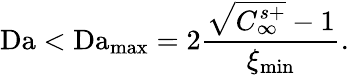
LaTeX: \mathrm{Da}<\mathrm{Da}_{\mathrm{max}}=2\frac{\sqrt{C_{\infty}^{s+}}-1}{\xi_{\mathrm{min}}}.